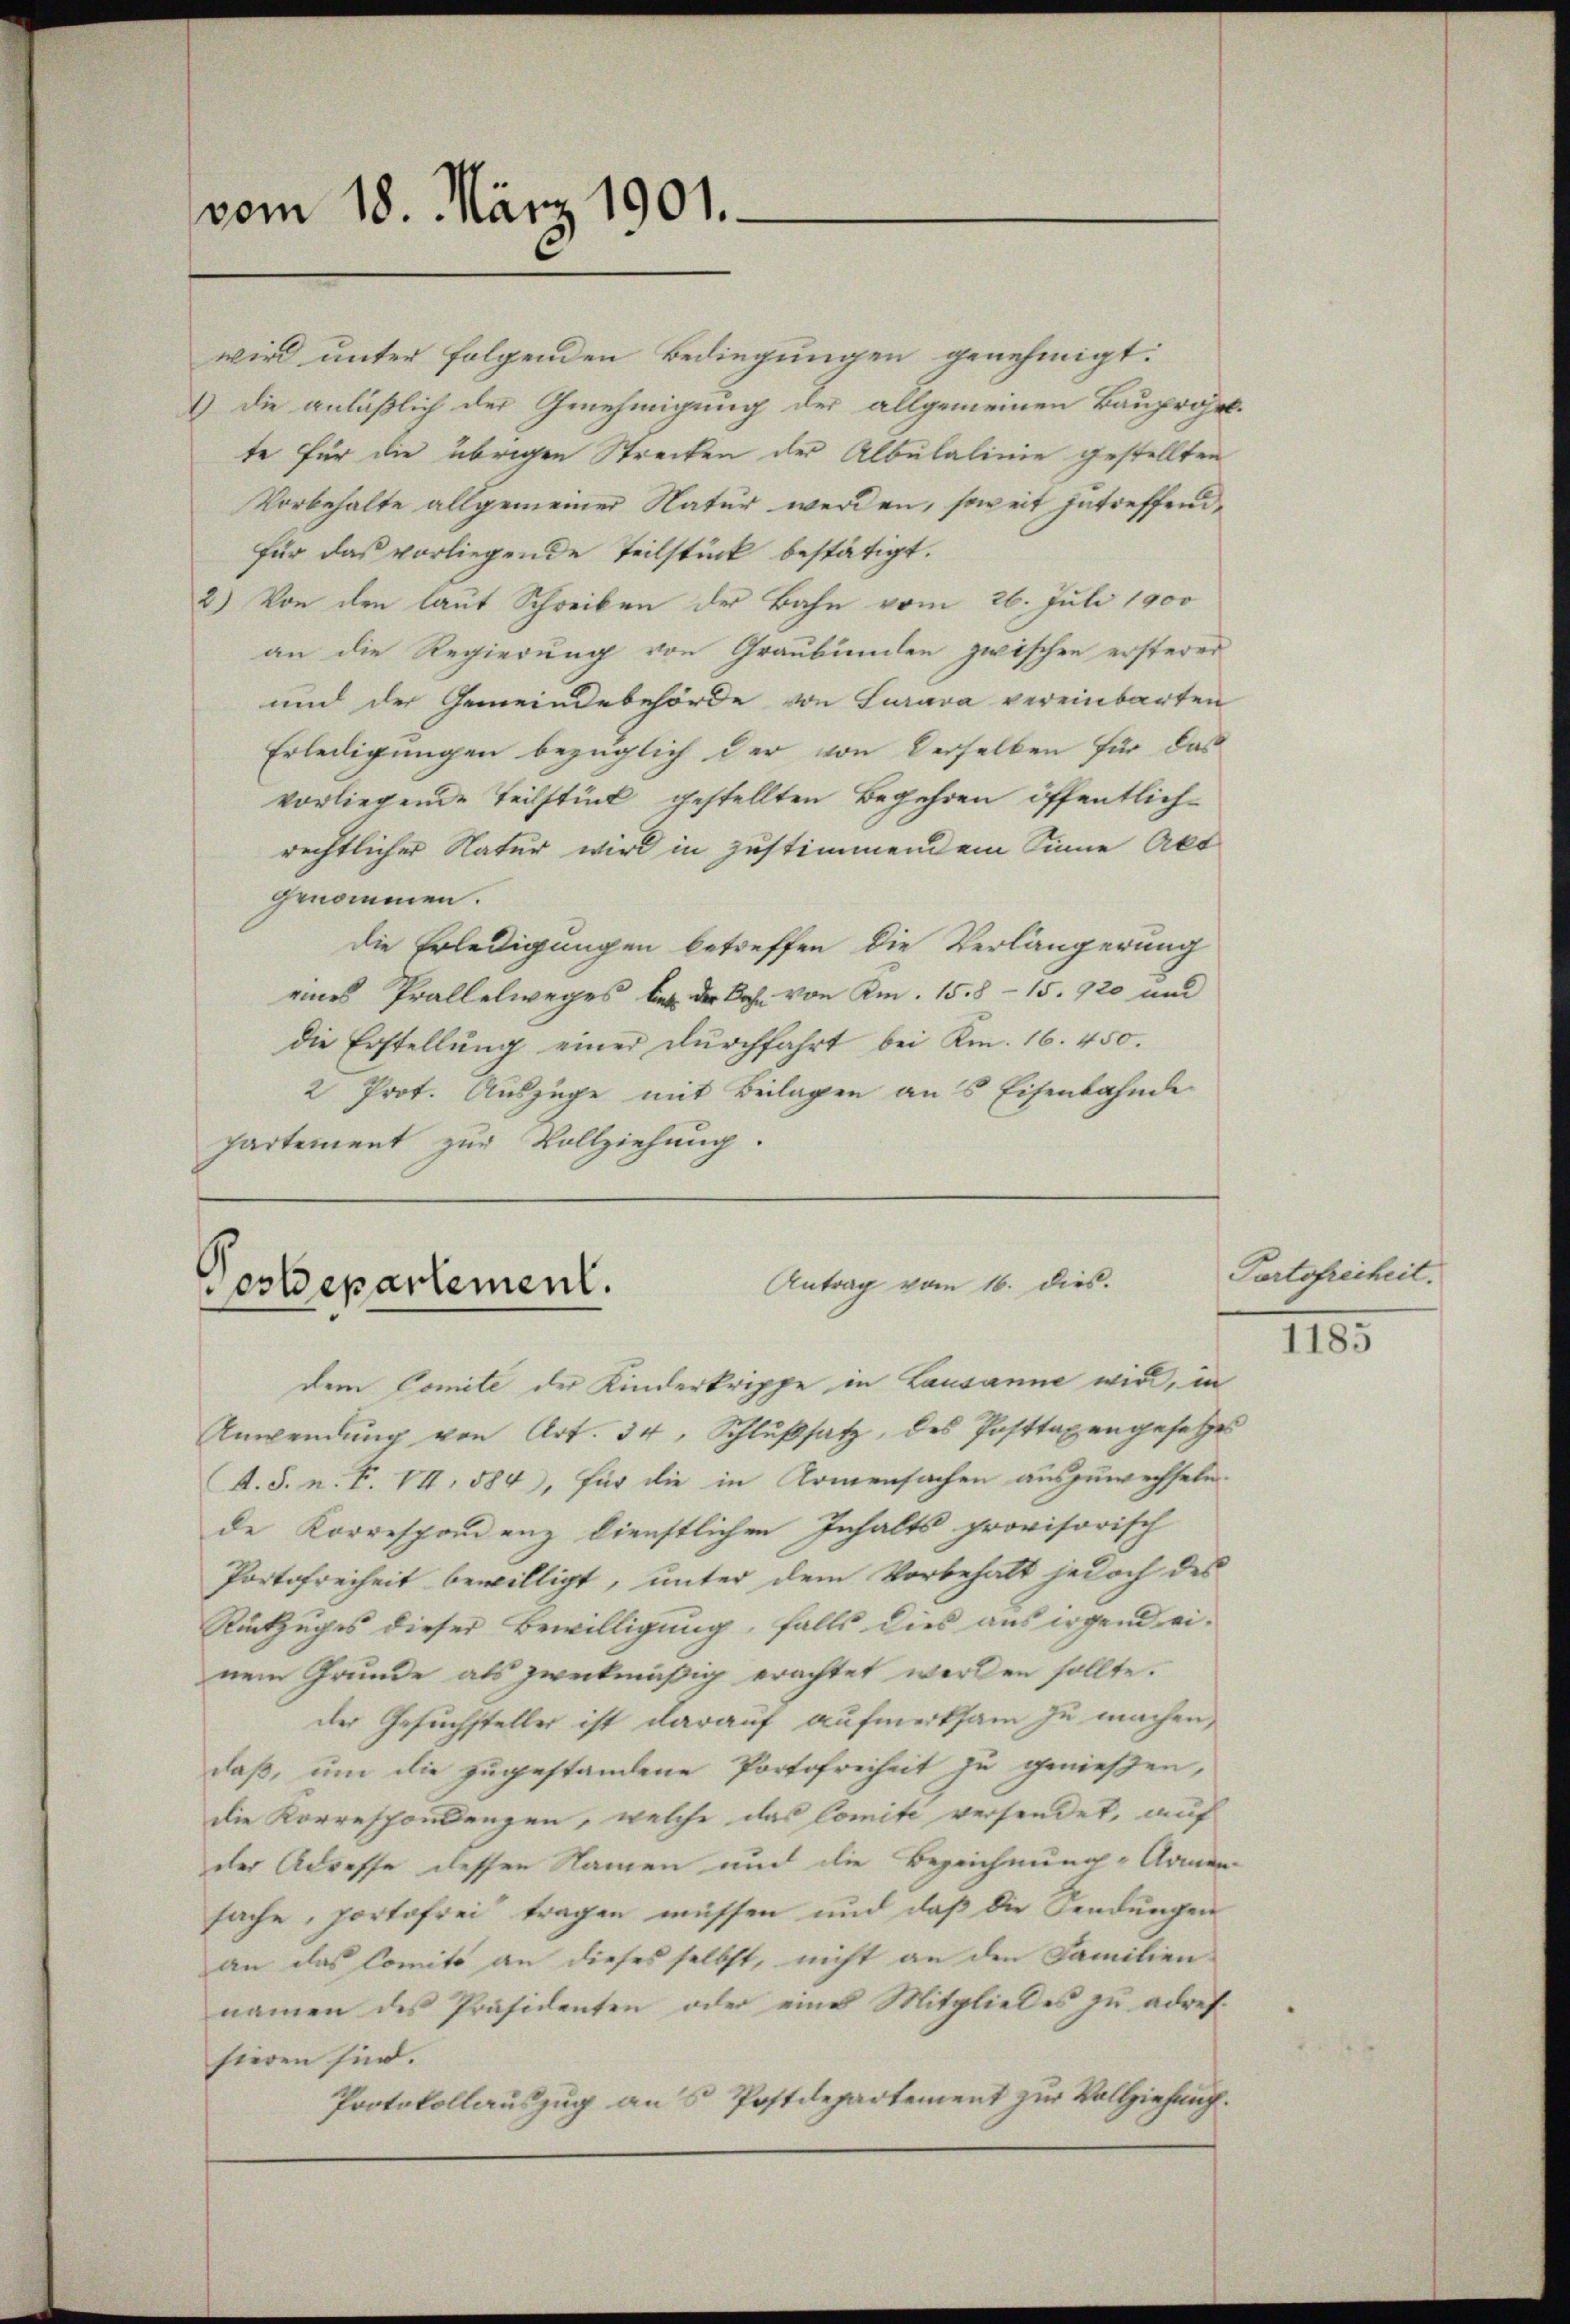
vom 18. März 1901.

Antrag vom 16. dies
Vesdepartement.

dem Comite der Kinderkrippe in Lausanne wird, in
Anwendung von Art. 34, Schlußsatz, des Posttagengesetzes
A. S. n. F. VI, 584, für die in Armensachen auszuwechseln.
de Korrespondenz dienstlichen Inhalts provisorisch
Portofreiheit bewilligt, unter dem Vorbehalt jedoch des
Rückzuges dieser Bewilligung, falls dies aus irgendei-
nem Grunde als zweckmäßig erachtet werden sollte.
der Gesuchsteller ist darauf aufmerksam zu machen,
daß, um die zugestandene Portofreiheit zu genießen,
die Korrespondenzen, welche das Comite versendet, auf
der Adresse dessen Namen auf die Bezeichnung Armen-
sache, portofrei tragen müssen und daß die Sendungen
an das Comite an dieses selbst, nicht an den Familien
namen des Präsidenten oder eine Mitgliedes zu adressieren sind.
Protokollauszug aus Postdepartement zur Vollziehung.

wird unter folgenden Bedingungen genehmigt:
1) die anläßlich der Genehmigung der allgemeinen Bauprojek-
te für die übrigen Strecken der Albulalinie gestellten
Vorbehalte allgemeiner Natur werden, soweit getreffende
für das vorliegende Teilstück bestätigt.
2.) Von den laut Schreiben der Bahn vom 26. Juli 1900
an die Regierung von Graubünden zwischen ersterer
und der Gemeindebehörde von Lurava vereinbarten
Erledigungen bezüglich der von derselben für das
vorliegende Teilstück gestellten Begehren öffentlichrechtlicher Natur wird in zustimmendem Sinne Akt
genommen.
die Erledigungen betreffen die Verlängerung
eines Prällelweges bei der Bahn von Am. 15. 8 - 15. 920 und
die Erstellung einer Durchfahrt bei Am. 16. 450.
2 Prot. Auszüge mit Beilagen ans Eisenbahnde
partement zur Vollziehung.

Partofreiheit.

1185